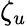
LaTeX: \zeta_{u}